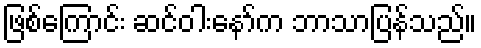
ဖြစ်ကြောင်း ဆင်ဝါးနော်က ဘာသာပြန်သည်။